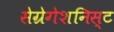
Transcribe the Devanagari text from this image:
सेग्रेगेशनिस्ट